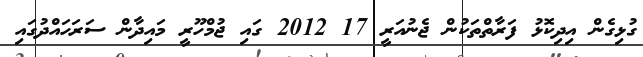
ގުޅިގެން އިދިކޮޅު ފަރާތްތަކުން ޖެނުއަރީ 17 2012 ގައި ޖުމްހޫރީ މައިދާން ސަރަހައްދުގައި